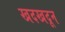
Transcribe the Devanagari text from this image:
खदखदून